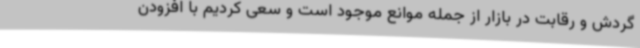
گردش و رقابت در بازار از جمله موانع موجود است و سعی کردیم با افزودن